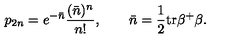
p _ { 2 n } = e ^ { - \bar { n } } \frac { ( \bar { n } ) ^ { n } } { n ! } , \qquad \bar { n } = \frac 1 2 \mathrm { t r } \beta ^ { + } \beta .